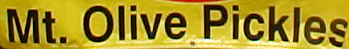
Mt. Olive Pickles